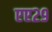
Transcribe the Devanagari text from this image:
एए२९